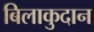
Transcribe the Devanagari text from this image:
बिलाकुदान